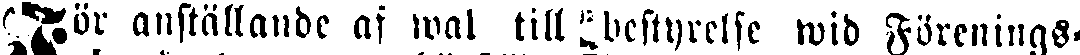
För anställande af wal till betyrelse wid Förenings-